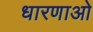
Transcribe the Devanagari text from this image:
धारणाओ